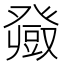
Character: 𤼼